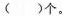
( )$$个。